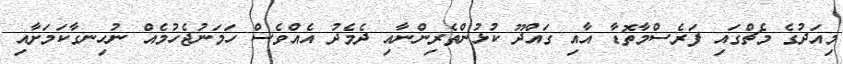
މިއަދުގެ މެޗްގައި ފަރެސްމާތޮޑާ އާއި ގައްދޫ ކުޅުންތެރިންނާއި ދެމެދު އެއްވެސް ހަމަނުޖެހުމެއް ނުހިނގާކަމަށާއި